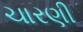
ચારણી